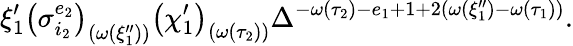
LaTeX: \xi_{1}^{\prime}\left(\sigma_{i_{2}}^{e_{2}}\right)_{\left(\omega\left(\xi_{1}^{\prime\prime}\right)\right)}\left(\chi_{1}^{\prime}\right)_{\left(\omega\left(\tau_{2}\right)\right)}\Delta^{-\omega\left(\tau_{2}\right)-e_{1}+1+2\left(\omega\left(\xi_{1}^{\prime\prime}\right)-\omega\left(\tau_{1}\right)\right)}.